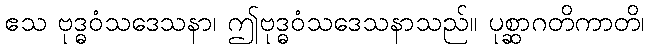
ဧသ ဗုဒ္ဓဝံသဒေသနာ၊ ဤဗုဒ္ဓဝံသဒေသနာသည်။ ပုစ္ဆာဂတိကာတိ၊